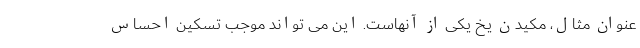
عنوان مثال، مکیدن یخ یکی از آنهاست. این می تواند موجب تسکین احساس